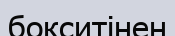
бокситінен